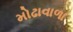
મોઢાવાળા